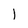
Character: I